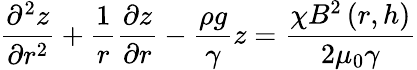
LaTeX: \frac{\partial^{2}z}{\partial r^{2}}+\frac{1}{r}\frac{\partial z}{\partial r}-\frac{\rho g}{\gamma}z=\frac{\chi B^{2}\left(r,h\right)}{2\mu_{0}\gamma}